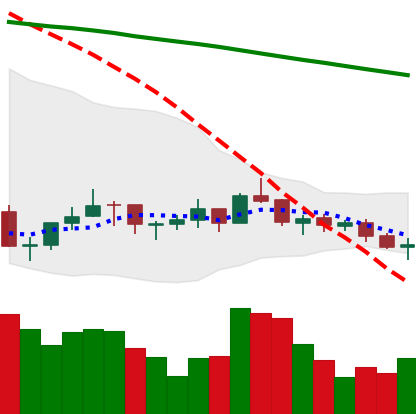
Ticker: LINK-USD
Chart end date: 2021-07-14
Forward return: -14.379%
Label: down_7plus